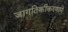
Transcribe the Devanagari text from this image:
जागतिकीकरणाने